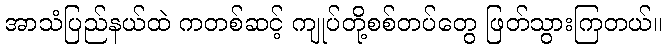
အာသံပြည်နယ်ထဲ ကတစ်ဆင့် ကျုပ်တို့စစ်တပ်တွေ ဖြတ်သွားကြတယ်။